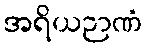
အရိယဉာဏံ